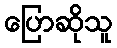
ပြောဆိုသူ